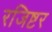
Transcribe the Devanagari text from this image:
रजिष्टर